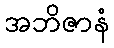
အဘိဇာနံ